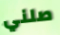
صلني